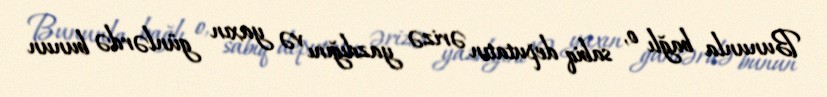
Bununla bağlı o, sabiq deputatın ərizə yazdığını və yaxın günlərdə bunun